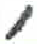
אות: ,